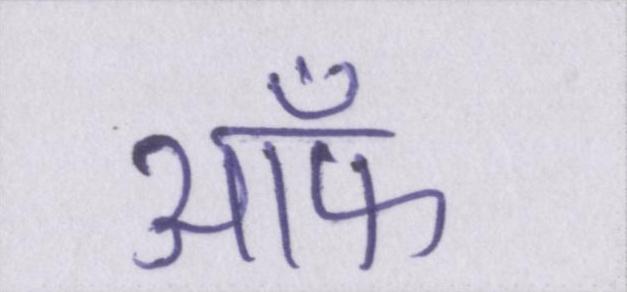
ऑफ